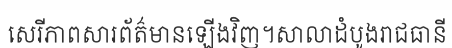
សេរីភាពសារព័ត៌មានឡើងវិញ។សាលាដំបូងរាជធានី